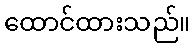
ထောင်ထားသည်။